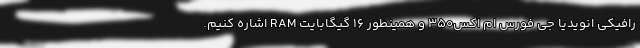
رافیکی انویدیا جی فورس ام اکس350 و همینطور 16 گیگابایت RAM اشاره کنیم.